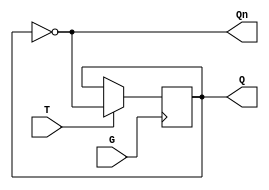
module Gated_T_Latch (
    input wire T,      // Toggle input
    input wire G,      // Gate/Enable input
    output reg Q,      // Output state
    output wire Qn     // Complementary output
);

// Complementary output
assign Qn = ~Q;

// Always block to describe the behavior of the Gated T Latch
always @(posedge G) begin
    if (T) begin
        Q <= ~Q; // Toggle the state of Q
    end
    // If T is low, Q retains its state
end

endmodule